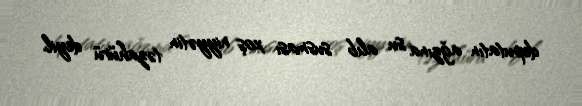
deputatın ağzına su alıb susması xoş niyyətin təzahürü deyil.